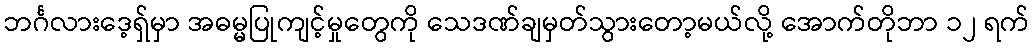
ဘင်္ဂလားဒေ့ရှ်မှာ အဓမ္မပြုကျင့်မှုတွေကို သေဒဏ်ချမှတ်သွားတော့မယ်လို့ အောက်တိုဘာ ၁၂ ရက်